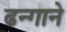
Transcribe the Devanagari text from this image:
ढन्गाने